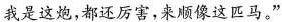
我是这炮,都还厉害,来顺像这匹马。”